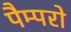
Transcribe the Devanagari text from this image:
पैम्परो